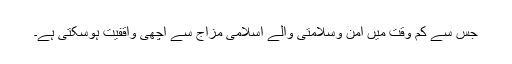
جس سے کم وقت میں امن وسلامتی والے اسلامی مزاج سے اچھی واقفیت ہوسکتی ہے۔